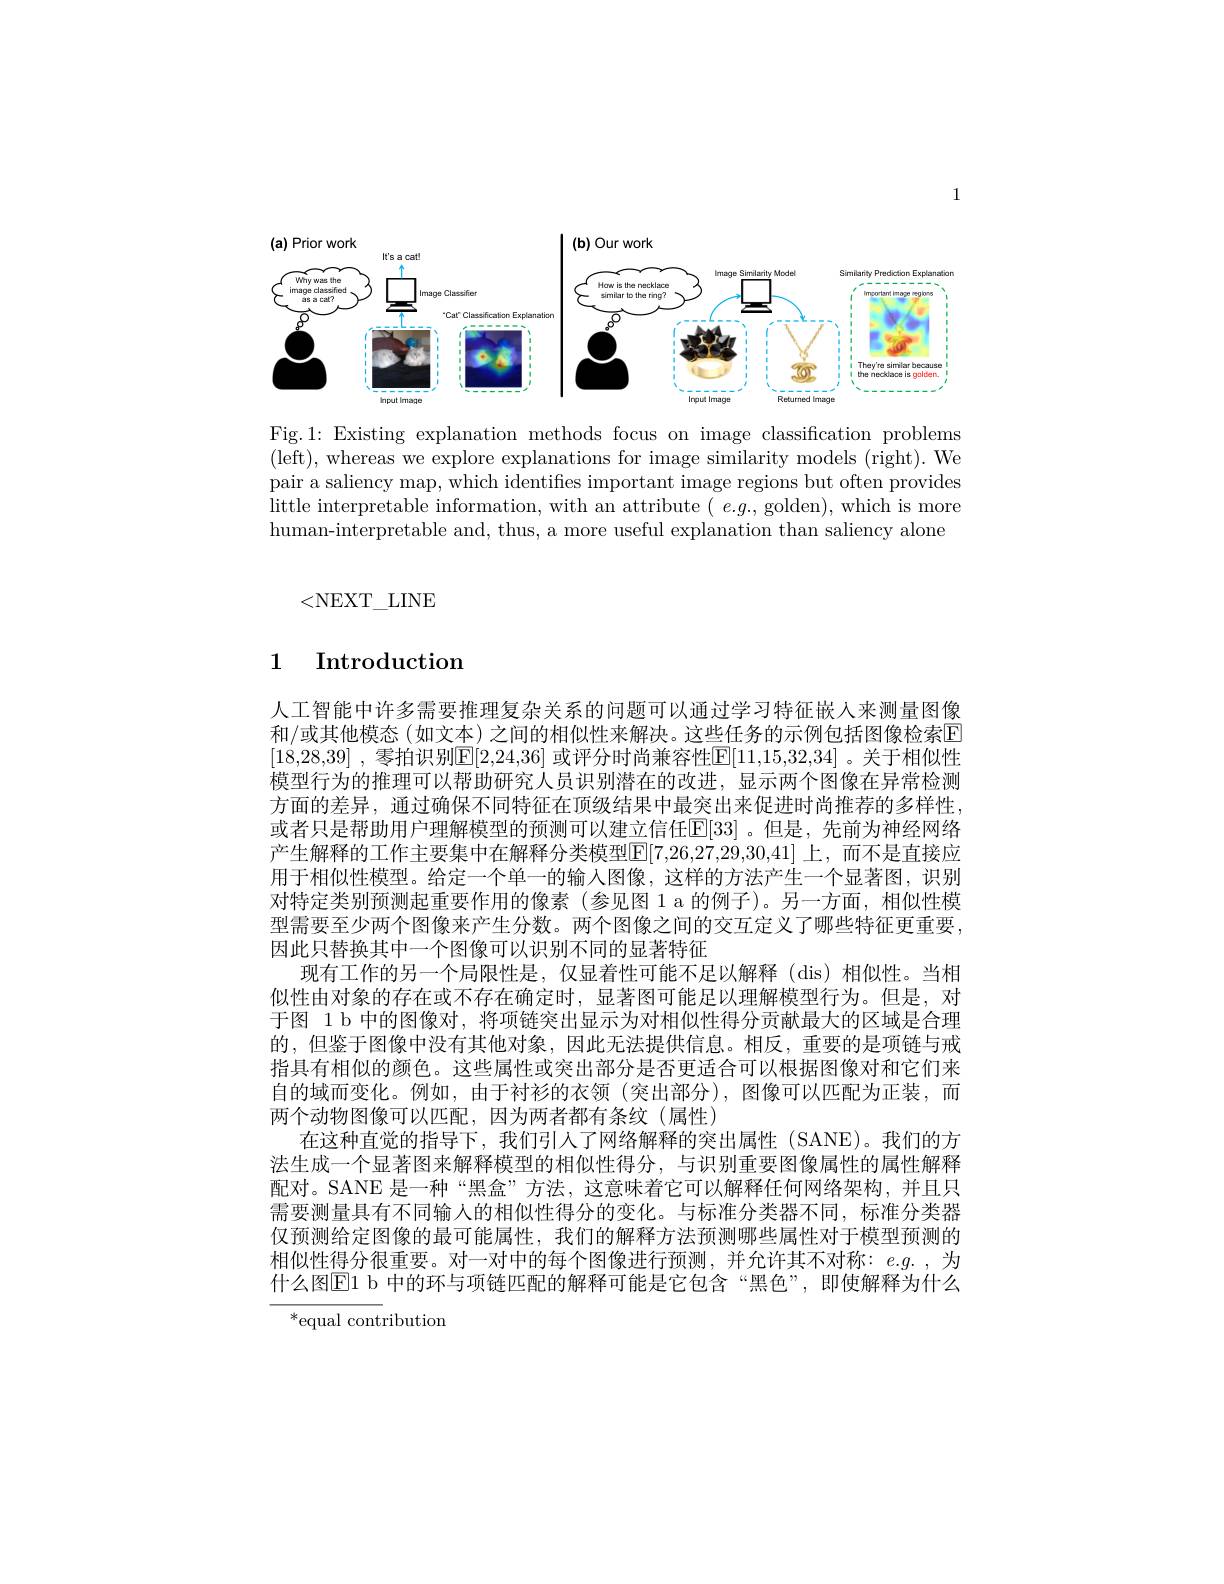
1

<FigureHere>

Fig.1: Existing explanation methods focus on image classification problems (left),whereas we explore explanations for image similarity models (right).We pair a saliency map, which identifies important image regions but often provides little interpretable information, with an attribute $(e.g.$, golden), which is more human-interpretable and, thus, a more useful explanation than saliency alone

<NEXT\_LINE

## 1 Introduction

人工智能中许多需要推理复杂关系的问题可以通过学习特征嵌人来测量图像和/或其他模态(如文本) 之间的相似性来解决。这些任务的示例包括图像检索E [18,28,39] ,零拍识别$\mathbb{E}[2,24,36]$ 或评分时尚兼容性$\mathbb{E}[11,15,32,34]$ 。关于相似性模型行为的推理可以帮助研究人员识别潜在的改进，显示两个图像在异常检测方面的差异，通过确保不同特征在顶级结果中最突出来促进时尚推荐的多样性或者只是帮助用户理解模型的预测可以建立信任[E[33] 。但是，先前为神经网络产生解释的工作主要集中在解释分类模型E[7,26,27,29,30,41]上，而不是直接应用于相似性模型。给定一个单一的输入图像，这样的方法产生一个显著图，识别对特定类别预测起重要作用的像素(参见图1a的例子)。另一方面，相似性模型需要至少两个图像来产生分数。两个图像之间的交互定义了哪些特征更重要， 因此只替换其中一个图像可以识别不同的显著特征
现有工作的另一个局限性是，仅显着性可能不足以解释(dis)相似性。当相似性由对象的存在或不存在确定时，显著图可能足以理解模型行为。但是，对于图 1 b 中的图像对，将项链突出显示为对相似性得分贡献最大的区域是合理的，但鉴于图像中没有其他对象，因此无法提供信息。相反，重要的是项链与戒指具有相似的颜色。这些属性或突出部分是否更适合可以根据图像对和它们来自的域而变化。例如，由于衬衫的衣领(突出部分),图像可以匹配为正装，而两个动物图像可以匹配，因为两者都有条纹(属性)
在这种直觉的指导下，我们引人了网络解释的突出属性(SANE)。我们的方法生成一个显著图来解释模型的相似性得分，与识别重要图像属性的属性解释配对。SANE 是一种“黑盒”方法，这意味着它可以解释任何网络架构，并且只需要测量具有不同输人的相似性得分的变化。与标准分类器不同，标准分类器仅预测给定图像的最可能属性，我们的解释方法预测哪些属性对于模型预测的相似性得分很重要。对一对中的每个图像进行预测，并允许其不对称：$e.g.$为什么图$\overline{\mathrm{E}}1$ b 中的环与项链匹配的解释可能是它包含“黑色”,即使解释为什么
$^*$equal contribution